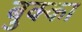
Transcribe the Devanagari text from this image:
बुक्‍का